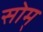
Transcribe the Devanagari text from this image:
सोम्